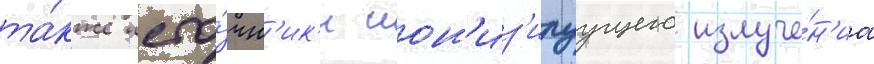
та́кже исто́чн'ик'и ион'из'ируущего излуче́н'иа